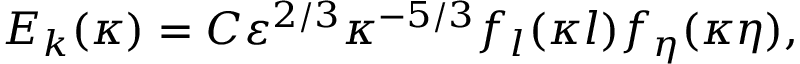
E _ { k } ( \kappa ) = C \varepsilon ^ { 2 / 3 } \kappa ^ { - 5 / 3 } f _ { l } ( \kappa l ) f _ { \eta } ( \kappa \eta ) ,